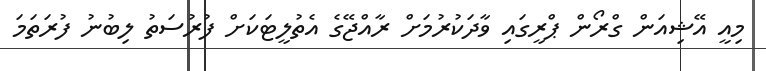
މިއީ އޭޝިއަން ގްރޯން ޕްރީގައި ވާދަކުރުމަށް ރާއްޖޭގެ އެތުލީޓަކަށް ފުރުސަތު ލިބުނު ފުރަތަމަ